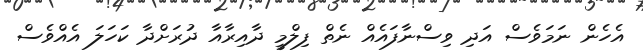
އެހެން ނަމަވެސް އަދި ވިސްނާފައެއް ނެތް ފިލްމީ ދާއިރާއާ ދުރަށްދާ ކަހަލަ އެއްވެސް